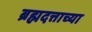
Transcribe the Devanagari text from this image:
ब्रह्मदत्ताच्या